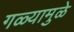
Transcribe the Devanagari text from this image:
गळ्यामुळे